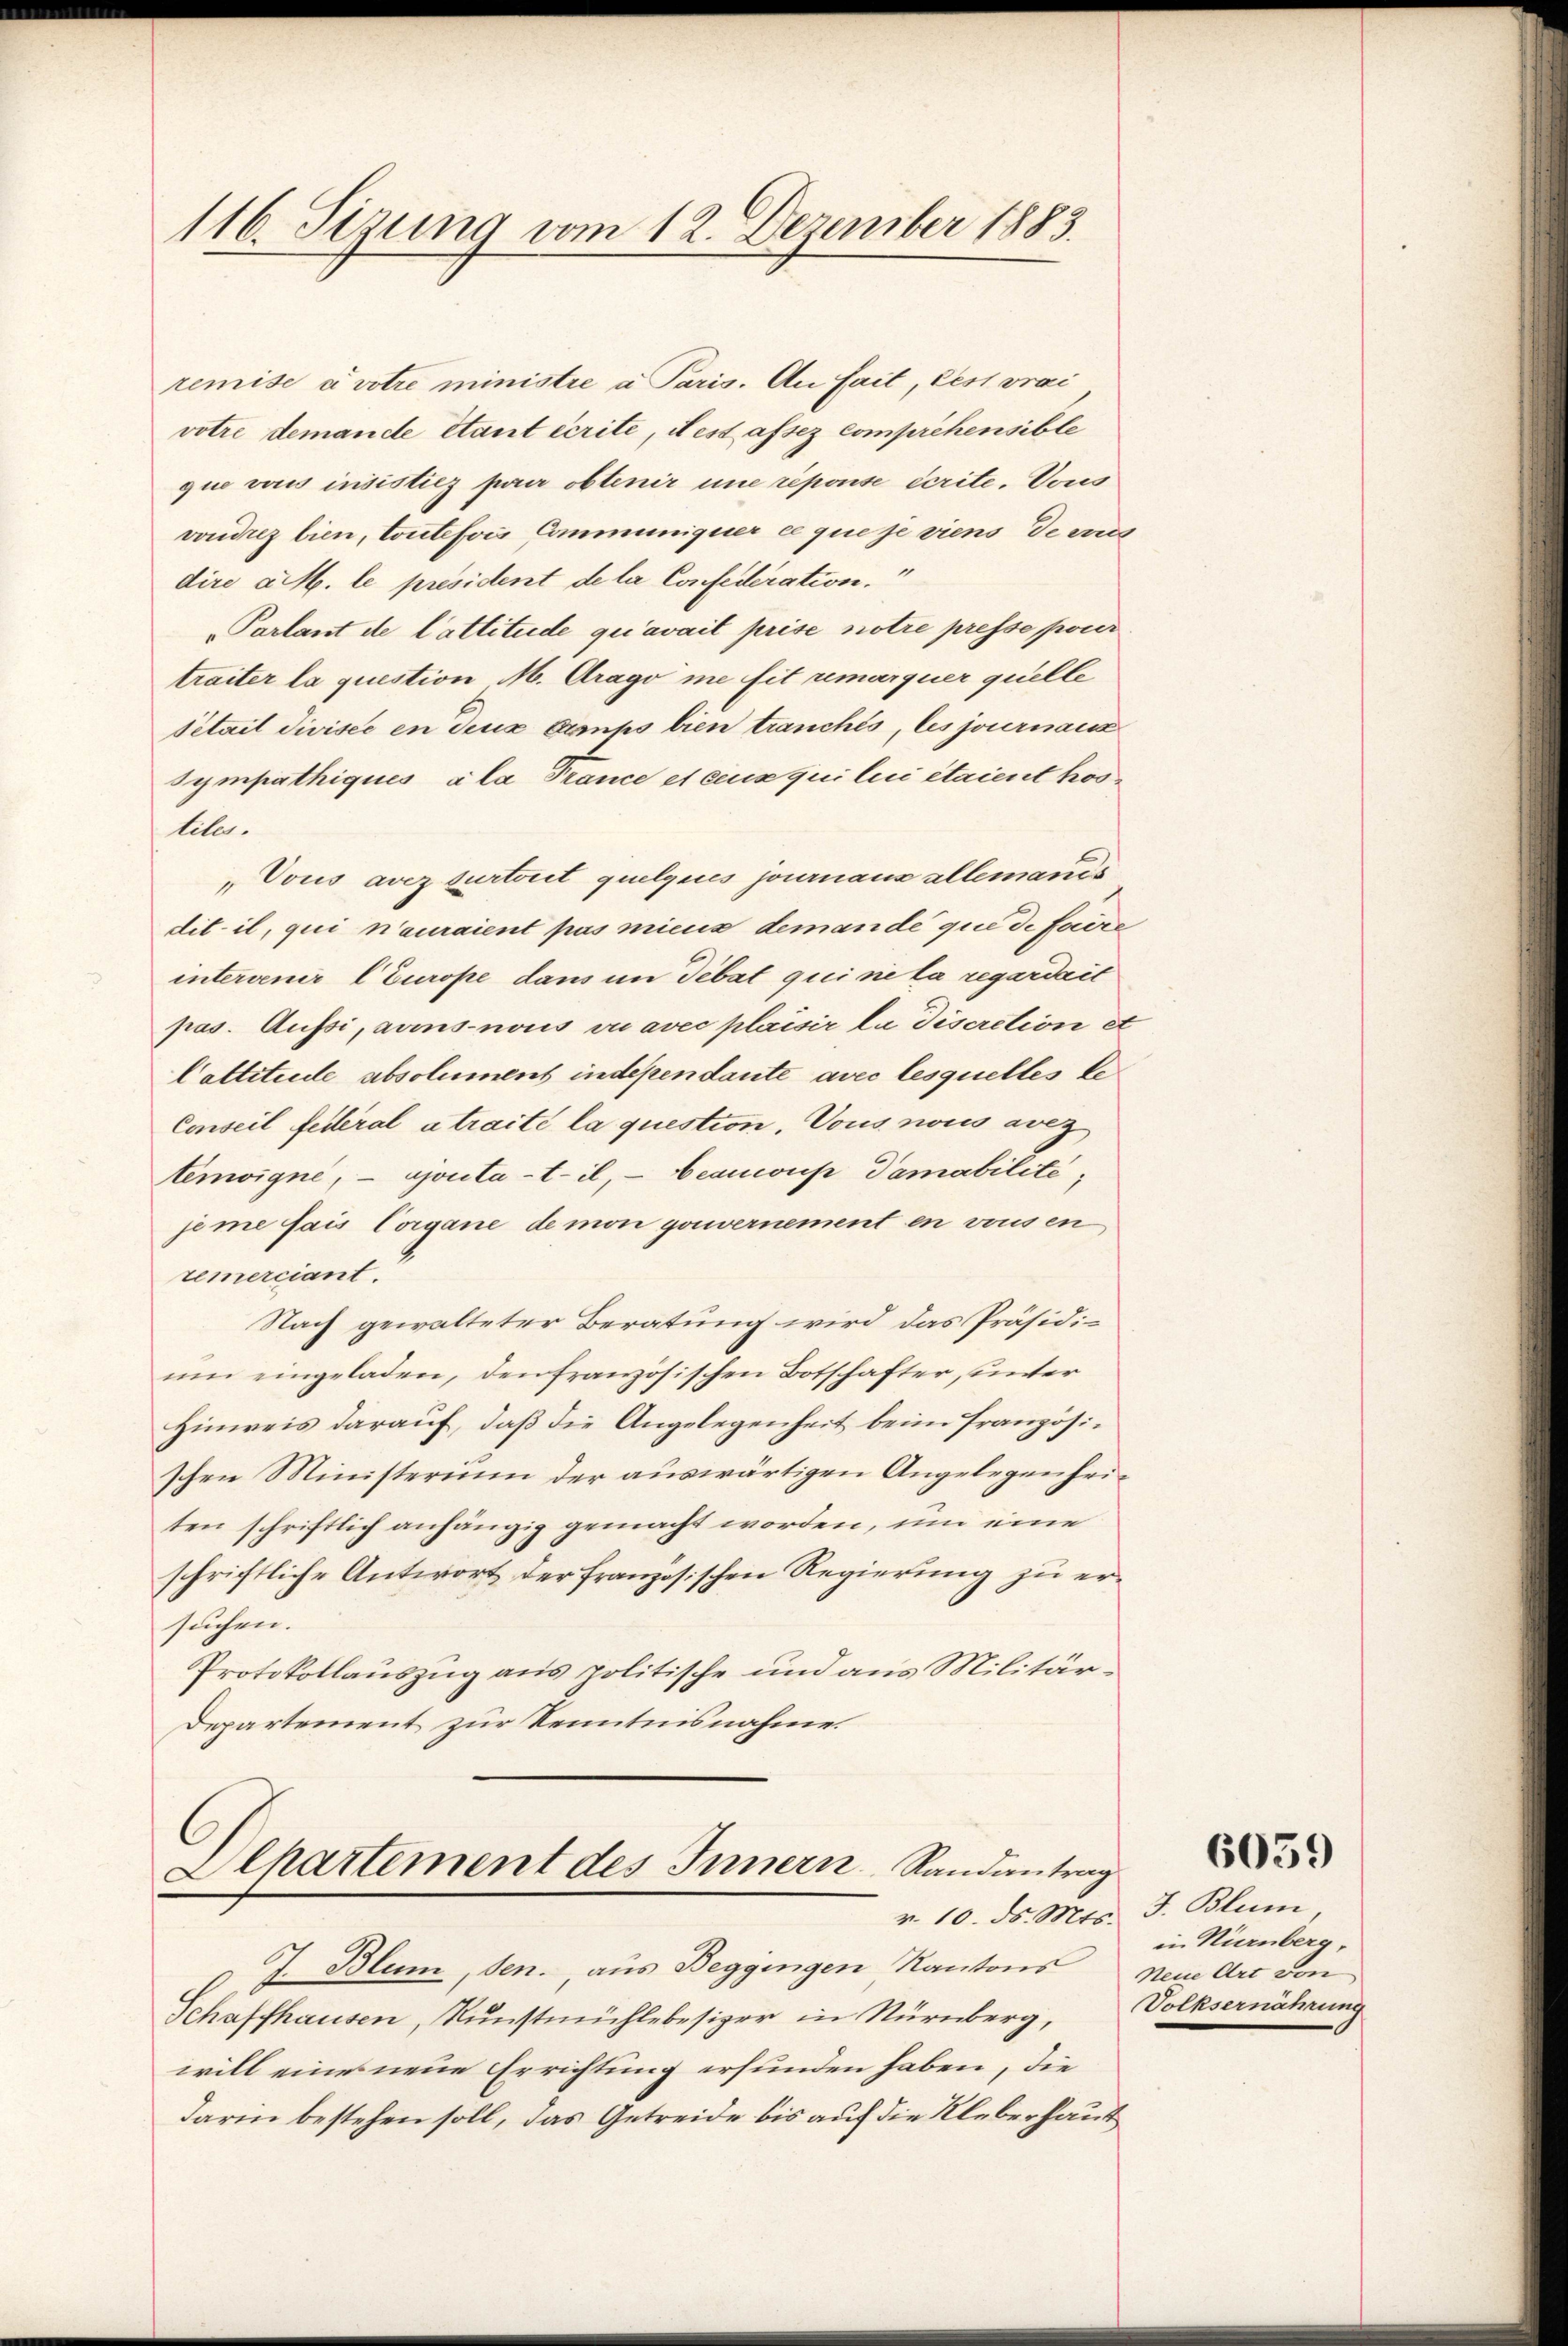
116. Sizung vom 12. Dezember 1883.

remise a votre ministre a Paris. An fait, Pest vrai
votre demande étant écrite, dest assez comprehensible
que vois insistiez pair obtenir une reponse écrite. Vous
vondrez bien, toutefois Communiquer ce que je viens ders
dire a M. le président de la Confederation.“
Parlant de Cattitude qu’avait prise notre presse pour
traiter la question M. Drago me sit umarquer quelle
Setail divisée en deux Banks bien tranches, les journaus
sympathiques ala France et cens qui lui étaient hosleler.
„Vous avezsurtoit quelques journaus allemanis
dit. il, qui n’auraient pas micus demande que de faire
intervenir l’Europe dans im Debat qui sie la regardait
pas. Aufsi, avus nous ou avec plaisir la Discretion et
Cattitele absolument independante avec lesquelles be
Conseil federal atraité la question, Vous nous avez
temoigne, - ajouta-t-il, beaucoup Tamabilité,
jeme fais Corgane de mon gouvernement en vonsen
remerciant.
Nach gewalteter Beratung wird das Präsidi-
ŭm eingeladen, den französischen Botschafter, unter
Hinweis darauf, daß die Angelegenheit beim französischen Ministerium der auswärtigen Angelegenheiten schriftlich anhängig gemacht worden, um eine
schriftliche Antwort der französischen Regierung zu ersuchen.
Protokollauszug aus politische und aus Militär¬
Departement zur Kenntnisnahme

Dlhartement des Innern Randantrag
r. 10. ds. Mts. J. Blum,
J. Blum, sen., aus Beggingen, Kantons

Schaffhausen, Kŭnstmühlebesizer in Nürnberg, Volksernährung
will eines neue Errichtung erfunden haben, die
Darin bestehen soll, das Getreide bis auf die Kleberhaus

in Nürnberg,
Neue Art von

6059